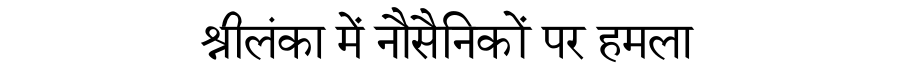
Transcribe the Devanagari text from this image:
श्रीलंका में नौसैनिकों पर हमला